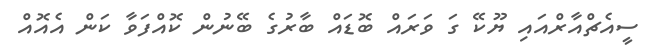
ސީއެޗްއާރްއައި ޔޫކޭ ގަ ވަރައް ބޮޑައް ބާރުގެ ބޭނުން ކޮއްފަވާ ކަން އެއޮއް